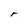
Character: r